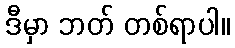
ဒီမှာ ဘတ် တစ်ရာပါ။